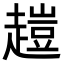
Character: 𧽊